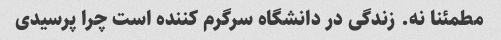
مطمئنا نه. زندگی در دانشگاه سرگرم کننده است چرا پرسیدی